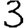
Digit: 3